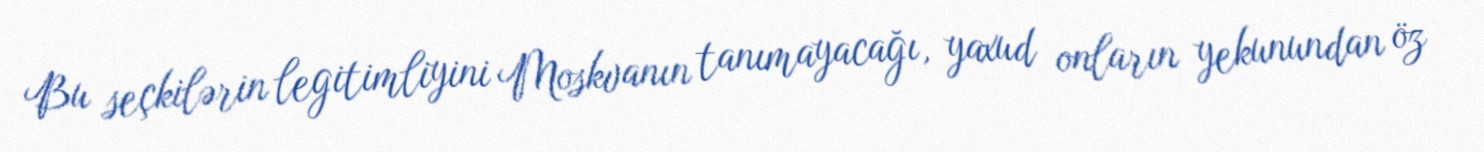
Bu seçkilərin legitimliyini Moskvanın tanımayacağı, yaxud onların yekunundan öz